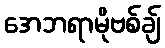
အေဘရာမိုဗစ်ချ်